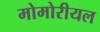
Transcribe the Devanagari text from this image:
मोमोरीयल